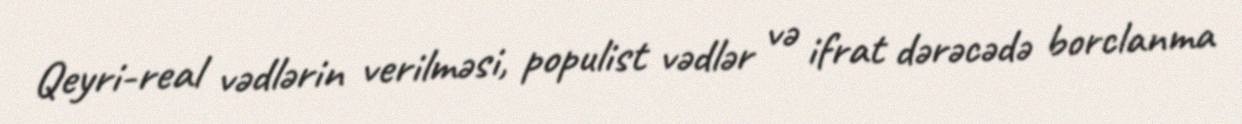
Qeyri-real vədlərin verilməsi, populist vədlər və ifrat dərəcədə borclanma